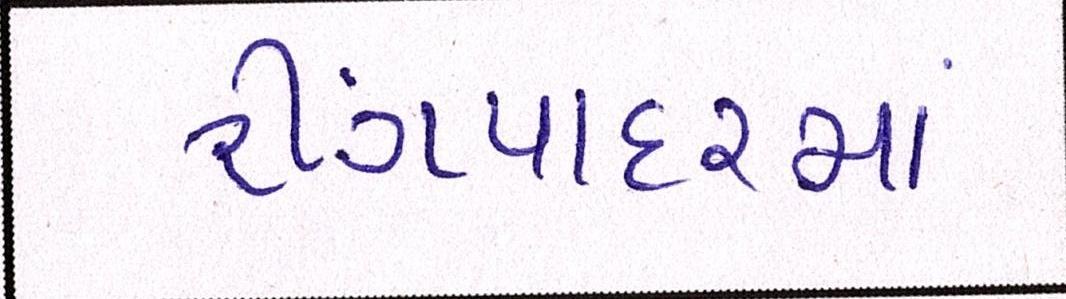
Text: રીંગપાદરમાં